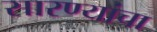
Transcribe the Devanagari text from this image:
सारण्यांचा